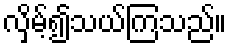
လှိမ့်၍သယ်ကြသည်။